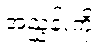
အညွှန်းကို